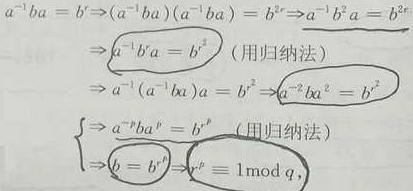
\(a^{-1}ba = b^r&\Rightarrow(a^{-1}ba)(a^{-1}ba)=b^{2r}\Rightarrow a^{-1}b^2a = b^{2r}\)\\
\(&\Rightarrow a^{-1}b^ra = b^{r^2}\quad(\)用归纳法)\\
\(&\Rightarrow a^{-1}(a^{-1}ba)a = b^{r^2}\Rightarrow a^{-2}ba^2 = b^{r^2}\)\\
&\begin{cases}
\(\Rightarrow a^{-p}ba^p = b^{r^p}\quad(\)用归纳法)\\
\(\Rightarrow b = b^{r^p}\Rightarrow r^p\equiv1\mod q,\)\\
\end{cases}